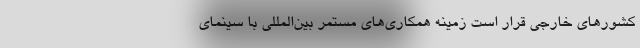
کشورهای خارجی قرار است زمینه همکاری‌های مستمر بین‌المللی با سینمای